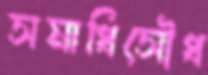
সমাধিসৌধ